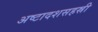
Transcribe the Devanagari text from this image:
अष्टादशसहस्री